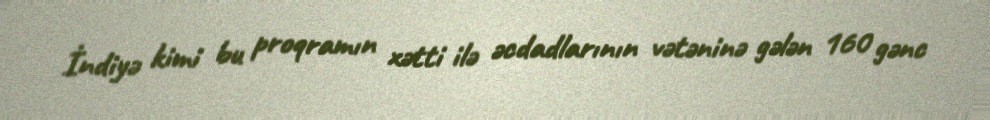
İndiyə kimi bu proqramın xətti ilə əcdadlarının vətəninə gələn 160 gənc